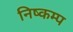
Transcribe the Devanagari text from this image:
निष्कम्प